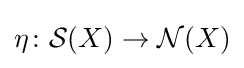
\eta \colon {\mathcal {S}}(X)\to {\mathcal {N}}(X)